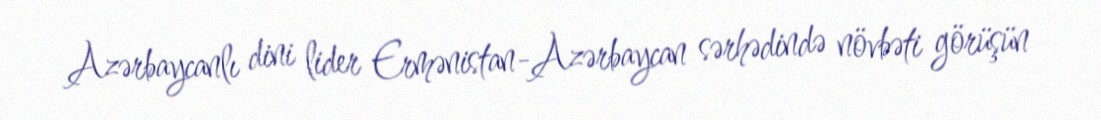
Azərbaycanlı dini lider Ermənistan-Azərbaycan sərhədində növbəti görüşün